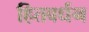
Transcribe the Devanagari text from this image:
हितवर्धन